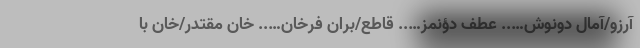
آرزو/آمال دونوش….. عطف دؤنمز….. قاطع/بران فرخان….. خان مقتدر/خان با